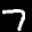
Digit: 7